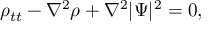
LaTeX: \rho _ { t t } - \nabla ^ { 2 } \rho + \nabla ^ { 2 } | \Psi | ^ { 2 } = 0 ,